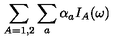
\sum _ { A = 1 , 2 } \sum _ { a } \alpha _ { a } I _ { A } ( \omega )